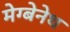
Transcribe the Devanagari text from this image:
मेग्बेनेथ